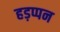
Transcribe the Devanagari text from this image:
हड़प्पन